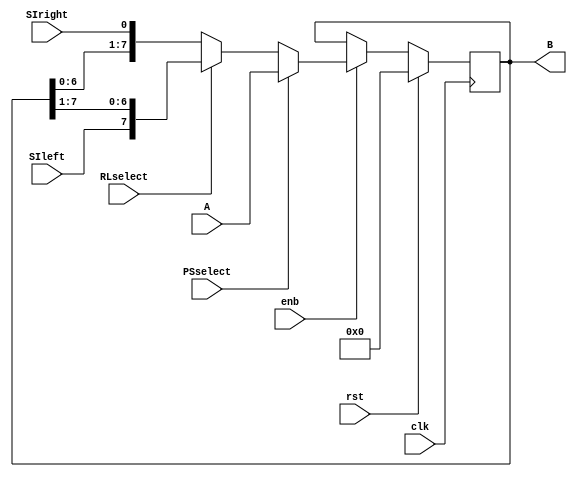
module shift_register #(parameter W = 8) (A,B,clk,rst,PSselect,RLselect,SIleft,SIright,enb);
		input [W-1:0] A;
		input clk,rst,PSselect,RLselect,SIleft,SIright,enb;
		output reg [W-1:0] B;
		
		always@(posedge clk)
		begin
		// if reset = 1; output is 0
		if(rst == 1) begin
			B = 0;
		end
		
		// else, parallel load is loaded to the output if the parallel load is choosen
		else begin
			if(enb == 1) begin
				if(PSselect == 1) begin
					B = A;
				end
				// if serial, look the direction and shift accordingly
				else begin
					if(RLselect == 1) begin
						B = {SIleft,B[W-1:1]};
					end
					else begin
						B = {B[W-2:0],SIright};
					end
				end
			end
		end		
		end
endmodule